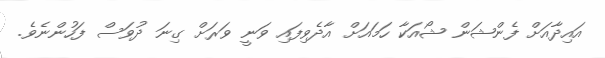
އައިދާއަށް ފެންޝަން ޝޯއަކާ ހަމައަށް އާދެވިފައި ވަނީ ވަރަށް ގިނަ ދުވަސް ފަހުންނެވެ.